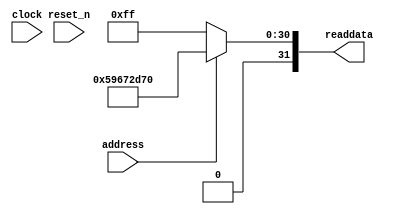
module soc_design_SystemID_2 (
                address,
                clock,
                reset_n,
                readdata
             )
;
  output  [ 31: 0] readdata;
  input            address;
  input            clock;
  input            reset_n;
  wire    [ 31: 0] readdata;
  assign readdata = address ? 1499934064 : 255;
endmodule